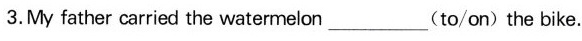
3.Myfather carried the watermelon_____(to/on)the bike.